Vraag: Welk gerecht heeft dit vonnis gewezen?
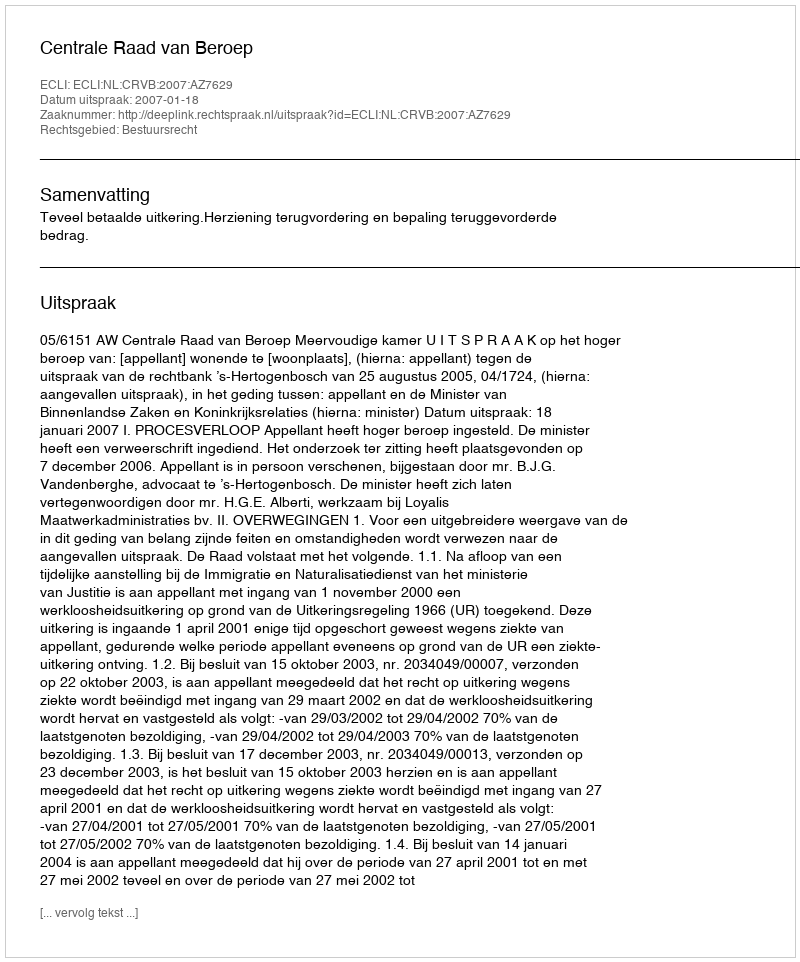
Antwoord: Centrale Raad van Beroep